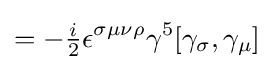
=-{\tfrac {i}{2}}\epsilon ^{\sigma \mu \nu \rho }\gamma ^{5}[\gamma _{\sigma },\gamma _{\mu }]